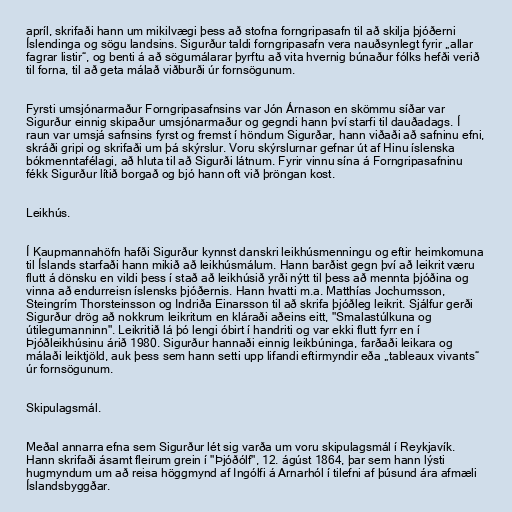
apríl, skrifaði hann um mikilvægi þess að stofna forngripasafn til að skilja þjóðerni
Íslendinga og sögu landsins. Sigurður taldi forngripasafn vera nauðsynlegt fyrir „allar
fagrar listir“, og benti á að sögumálarar þyrftu að vita hvernig búnaður fólks hefði verið
til forna, til að geta málað viðburði úr fornsögunum.

Fyrsti umsjónarmaður Forngripasafnsins var Jón Árnason en skömmu síðar var
Sigurður einnig skipaður umsjónarmaður og gegndi hann því starfi til dauðadags. Í
raun var umsjá safnsins fyrst og fremst í höndum Sigurðar, hann viðaði að safninu efni,
skráði gripi og skrifaði um þá skýrslur. Voru skýrslurnar gefnar út af Hinu íslenska
bókmenntafélagi, að hluta til að Sigurði látnum. Fyrir vinnu sína á Forngripasafninu
fékk Sigurður lítið borgað og bjó hann oft við þröngan kost.

Leikhús.

Í Kaupmannahöfn hafði Sigurður kynnst danskri leikhúsmenningu og eftir heimkomuna
til Íslands starfaði hann mikið að leikhúsmálum. Hann barðist gegn því að leikrit væru
flutt á dönsku en vildi þess í stað að leikhúsið yrði nýtt til þess að mennta þjóðina og
vinna að endurreisn íslensks þjóðernis. Hann hvatti m.a. Matthías Jochumsson,
Steingrím Thorsteinsson og Indriða Einarsson til að skrifa þjóðleg leikrit. Sjálfur gerði
Sigurður drög að nokkrum leikritum en kláraði aðeins eitt, "Smalastúlkuna og
útilegumanninn". Leikritið lá þó lengi óbirt í handriti og var ekki flutt fyrr en í
Þjóðleikhúsinu árið 1980. Sigurður hannaði einnig leikbúninga, farðaði leikara og
málaði leiktjöld, auk þess sem hann setti upp lifandi eftirmyndir eða „tableaux vivants“
úr fornsögunum.

Skipulagsmál.

Meðal annarra efna sem Sigurður lét sig varða um voru skipulagsmál í Reykjavík.
Hann skrifaði ásamt fleirum grein í "Þjóðólf", 12. ágúst 1864, þar sem hann lýsti
hugmyndum um að reisa höggmynd af Ingólfi á Arnarhól í tilefni af þúsund ára afmæli
Íslandsbyggðar.